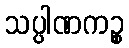
သပ္ပါဏကဉ္စ